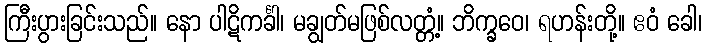
ကြီးပွားခြင်းသည်။ နော ပါဋိကင်္ခါ၊ မချွတ်မဖြစ်လတ္တံ့။ ဘိက္ခဝေ၊ ရဟန်းတို့။ ဧဝံ ခေါ၊